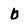
Character: b